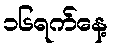
၁၆ရက်နေ့